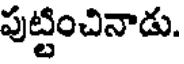
పుట్టించినాడు.